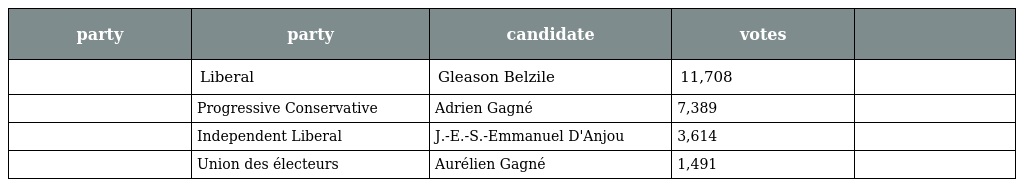
| party | party | candidate | votes |  |
 | --- | --- | --- | --- | --- |
 |  | Liberal | Gleason Belzile | 11,708 |  |
 |  | Progressive Conservative | Adrien Gagné | 7,389 |  |
 |  | Independent Liberal | J.-E.-S.-Emmanuel D'Anjou | 3,614 |  |
 |  | Union des électeurs | Aurélien Gagné | 1,491 |  |